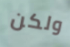
ولكن